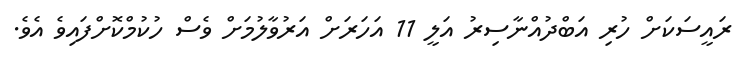
ރައީސަކަށް ހުރި އަބްދުއްނާސިރު އަލީ 11 އަހަރަށް އަރުވާލުމަށް ވެސް ހުކުމްކޮށްފައިވެ އެވެ.